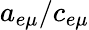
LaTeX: a_{e\mu}/c_{e\mu}